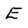
Character: E